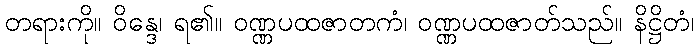
တရားကို။ ဝိန္ဒေ၊ ရ၏။ ဝဏ္ဏပထဇာတကံ၊ ဝဏ္ဏပထဇာတ်သည်။ နိဋ္ဌိတံ၊